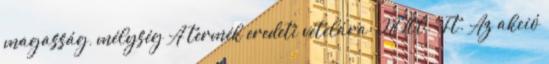
magasság, mélység A termék eredeti vételára: 28.100.-Ft. Az akció